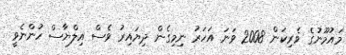
މައުމޫނުގެ ވެރިކަން 2008 ވަނަ އަހަރު ނިމިގެން ދިޔައިރު ވެސް އިލްޔާސް ހުންނެވީ